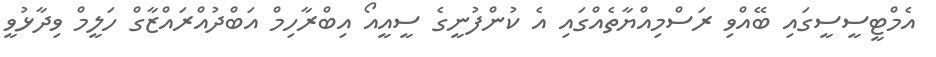
އެމްޓީސީސީގައި ބޭއްވި ރަސްމިއްޔާތެއްގައި އެ ކުންފުނީގެ ސީއީއޯ އިބްރާހިމް އަބްދުއްރައްޒާގް ހަލީމް ވިދާޅުވީ